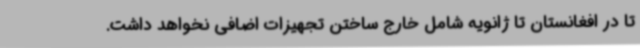
تا در افغانستان تا ژانویه شامل خارج ساختن تجهیزات اضافی نخواهد داشت.